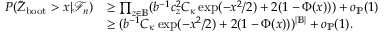
\begin{array} { r l } { P ( \tilde { Z } _ { \mathrm { b o o t } } > x | \mathcal { F } _ { n } ) } & { \geq \prod _ { z \in \mathbb { B } } ( b ^ { - 1 } c _ { z } ^ { 2 } C _ { \kappa } \exp ( - x ^ { 2 } / 2 ) + 2 ( 1 - \Phi ( x ) ) ) + o _ { \mathbb { P } } ( 1 ) } \\ & { \geq ( b ^ { - 1 } C _ { \kappa } \exp ( - x ^ { 2 } / 2 ) + 2 ( 1 - \Phi ( x ) ) ) ^ { | \mathbb { B } | } + o _ { \mathbb { P } } ( 1 ) . } \end{array}